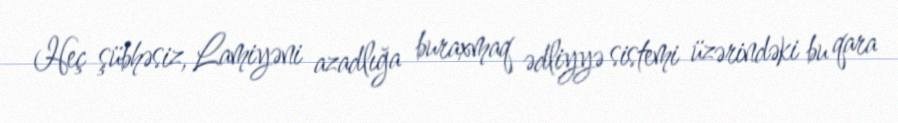
Heç şübhəsiz, Lamiyəni azadlığa buraxmaq ədliyyə sistemi üzərindəki bu qara